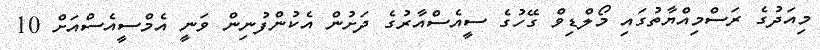
މިއަދުގެ ރަސްމިއްޔާތުގައި މޯލްޑިވް ގޭހުގެ ސީއެސްއާރުގެ ދަށުން އެކުންފުނިން ވަނީ އެމްސީއެސްއަށް 10